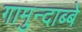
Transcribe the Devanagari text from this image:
गामुन्दाब्बे